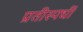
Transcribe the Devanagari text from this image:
प्रतीस्पर्धी